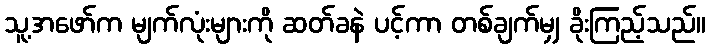
သူ့အဖော်က မျက်လုံးများကို ဆတ်ခနဲ ပင့်ကာ တစ်ချက်မျှ ခိုးကြည့်သည်။